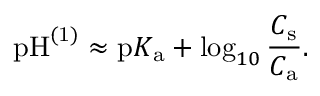
\mathrm { p H } ^ { \mathrm { ( 1 ) } } \approx \mathrm { p } K _ { \mathrm { a } } + \log _ { 1 0 } { \frac { C _ { \mathrm { s } } } { C _ { \mathrm { a } } } } .